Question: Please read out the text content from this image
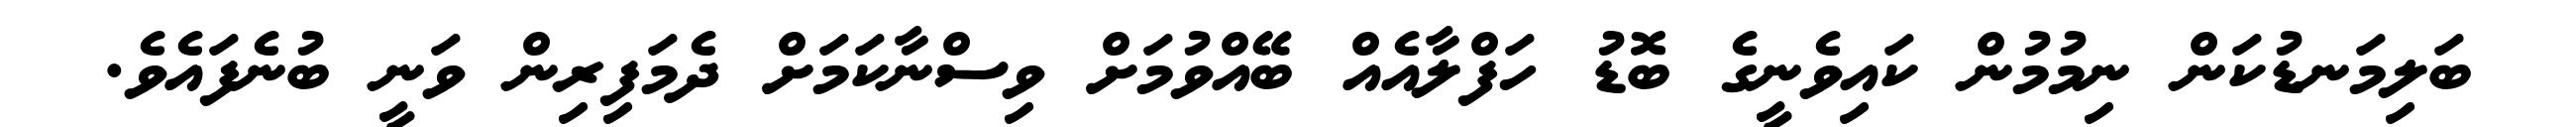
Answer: ބަލިމަނޑުކަން ނިމުމުން ކައިވެނީގެ ބޮޑު ހަފްލާއެއް ބޭއްވުމަށް ވިސްނާކަމަށް ދެމަފިރިން ވަނީ ބުނެފައެވެ.